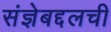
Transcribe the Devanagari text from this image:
संज्ञेबद्दलची